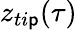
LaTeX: z_{ti\mathsf{p}}(\tau)